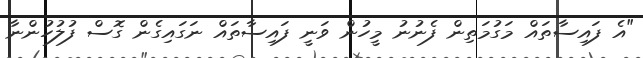
"އެ ފައިސާތައް މަގުމަތިން ފެނުނު މީހުން ވަނީ ފައިސާތައް ނަގައިގެން ގޮސް ފުލުހުންނާ